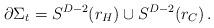
LaTeX: \begin{align*}\partial \Sigma_t = S^{D-2}(r_H) \cup S^{D-2}(r_C)\,.\end{align*}